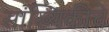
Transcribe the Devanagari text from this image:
सांख्यिकीचे